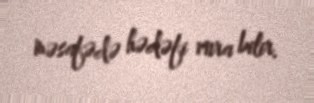
məsafədə hədəfi vura bilir.